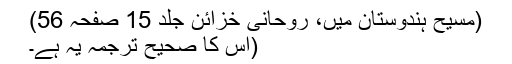
(مسیح ہندوستان میں، روحانی خزائن جلد 15 صفحہ 56)
(اس کا صحیح ترجمہ یہ ہے۔